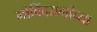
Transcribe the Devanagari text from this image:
गोविंदरामांच्या